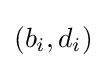
(b_{i},d_{i})